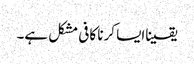
یقیناایسا کرنا کافی مشکل ہے۔